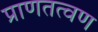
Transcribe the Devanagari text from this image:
प्राणतत्वण